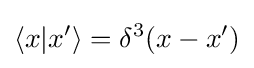
\langle x|x'\rangle =\delta ^{3}(x-x')